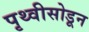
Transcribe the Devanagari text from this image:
पृथ्वीसोडून